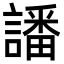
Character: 譒